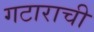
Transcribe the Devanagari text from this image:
गटाराची